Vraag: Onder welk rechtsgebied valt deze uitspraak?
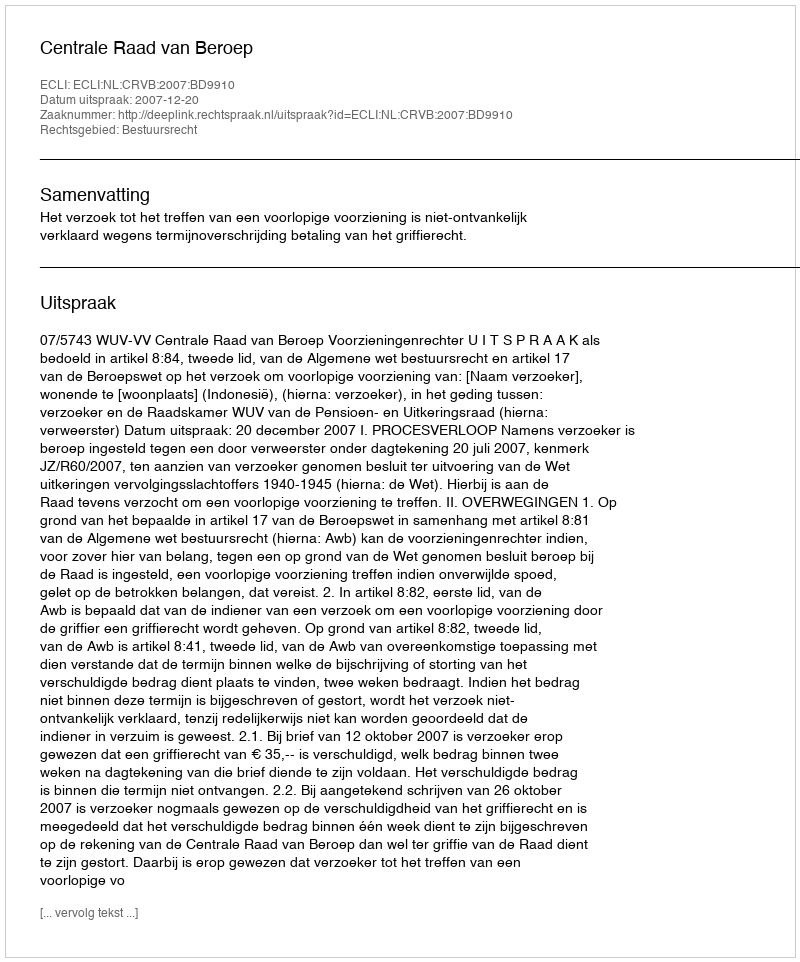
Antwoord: Bestuursrecht